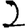
Digit: 2